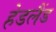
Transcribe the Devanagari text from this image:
हेडलैंड